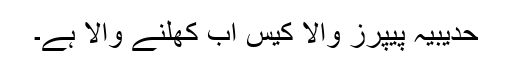
حدیبیہ پیپرز والا کیس اب کھلنے والا ہے۔